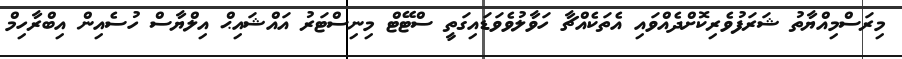
މިރަސްމިއްޔާތު ޝަރަފުވެރިކޮށްދެއްވައި އެތަކެއްޗާ ހަވާލުވެވަޑައިގަތީ ސްޓޭޓް މިނިސްޓަރު އައްޝައިޙް އިލްޔާސް ހުސެއިން އިބްރާހިމް